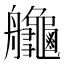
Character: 𦫉